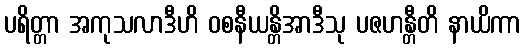
ပရိတ္တာ အကုသလာဒီဟိ ဝစနီယန္တိအာဒီသု ပဇဟန္တီတိ နာယိကာ